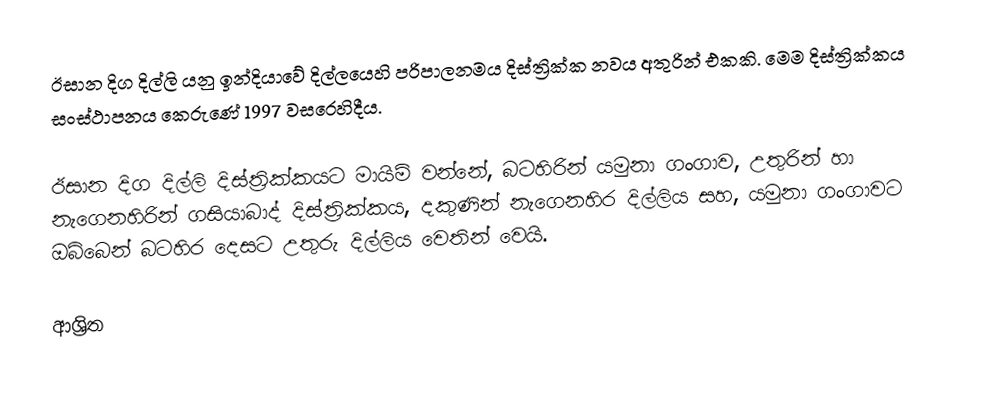
ඊසාන දිග දිල්ලි යනු ඉන්දියාවේ  දිල්ලයෙහි පරිපාලනමය දිස්ත්‍රික්ක නවය අතුරින් එකකි. මෙම දිස්ත්‍රික්කය සංස්ථාපනය කෙරුණේ 1997 වසරෙහිදීය.

ඊසාන දිග දිල්ලි දිස්ත්‍රික්කයට මායිම් වන්නේ, බටහිරින්  යමුනා ගංගාව, උතුරින් හා නැගෙනහිරින් ගසියාබාද් දිස්ත්‍රික්කය, දකුණින් නැගෙනහිර දිල්ලිය සහ, යමුනා ගංගාවට ඔබ්බෙන් බටහිර දෙසට උතුරු දිල්ලිය වෙතින් වෙයි.

ආශ්‍රිත